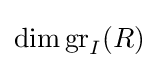
\operatorname {dim} \operatorname {gr} _{I}(R)